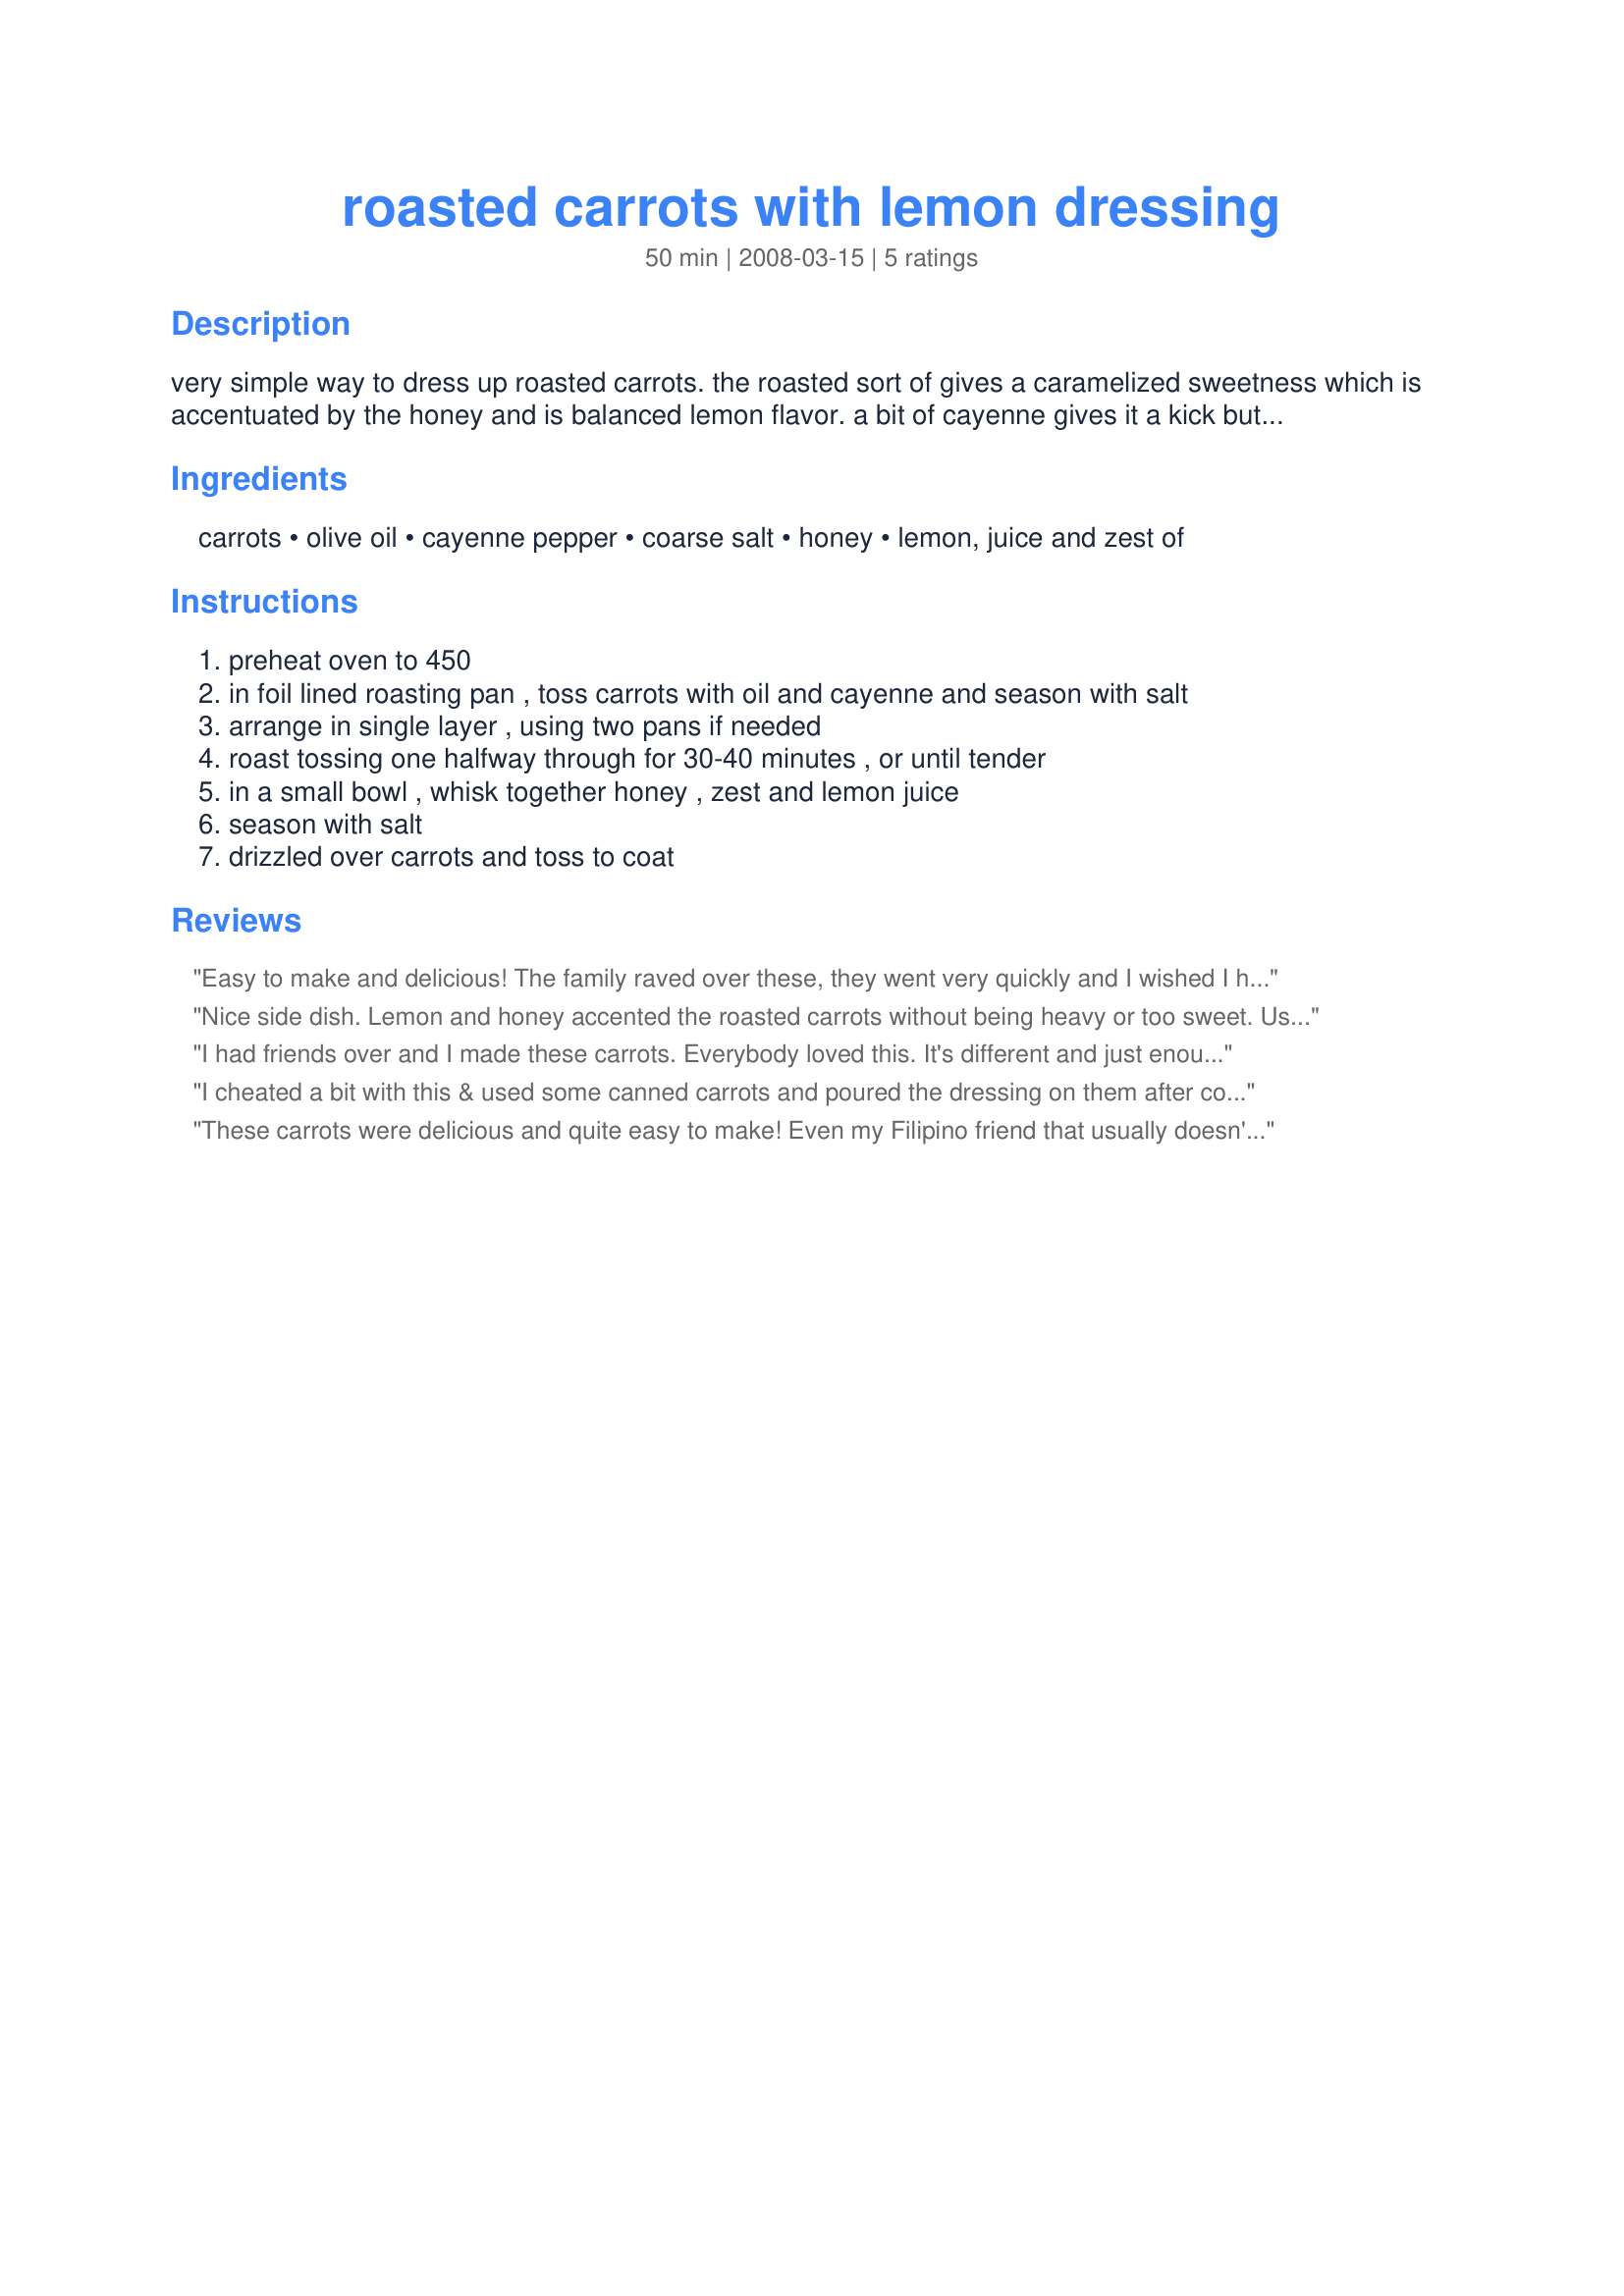
roasted carrots with lemon dressing
Preparation time: 50 minutes

very simple way to dress up roasted carrots. the roasted sort of gives a caramelized sweetness which is accentuated by the honey and is balanced lemon flavor. a bit of cayenne gives it a kick but doesn't overpower.

Ingredients:
carrots, olive oil, cayenne pepper, coarse salt, honey, lemon, juice and zest of

Steps:
preheat oven to 450
in foil lined roasting pan , toss carrots with oil and cayenne and season with salt
arrange in single layer , using two pans if needed
roast tossing one halfway through for 30-40 minutes , or until tender
in a small bowl , whisk together honey , zest and lemon juice
season with salt
drizzled over carrots and toss to coat

Reviews:
Easy to make and delicious! The family raved over these, they went very quickly and I wished I had made more! I used baby carrots right out of the bag, which saved on preparation time. The dressing is delicious and puts this recipe right over the edge! Definitely a keeper! Made for ZWT4.
Nice side dish. Lemon and honey accented the roasted carrots without being heavy or too sweet. Used baby carrots, as that&#039;s all I had, but usually prefer sliced whole carrots when roasting. Thanks for sharing the recipe!
I had friends over and I made these carrots. Everybody loved this. It's different and just enough hot with the cayenne pepper. The dressing is very good. Thanks Little_wing. Made for Beverage tag.
I cheated a bit with this & used some canned carrots and poured the dressing on them after cooking. I also added a little butter to the honey-lemon which I think was a nice touch. A lovely simple way to jazz up carrots! Made for ZWT 4.
These carrots were delicious and quite easy to make! Even my Filipino friend that usually doesn't like any cooked carrots said she liked them! This is a big plus, because she eats with our family every day for lunch and we like to have cooked carrots sometimes. Thanks little wing! Made for ZWT4 - Go Jefes!
